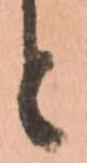
と